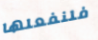
فلنفعلها